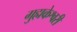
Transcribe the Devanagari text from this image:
गुह्मकेश्वरी